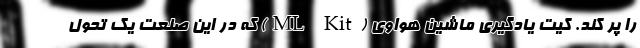
را پر کند. کیت یادگیری ماشین هواوی (ML Kit) که در این صنعت یک تحول